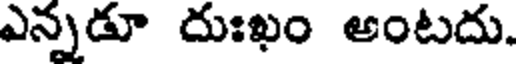
ఎన్నడూ దుఃఖం అంటదు.